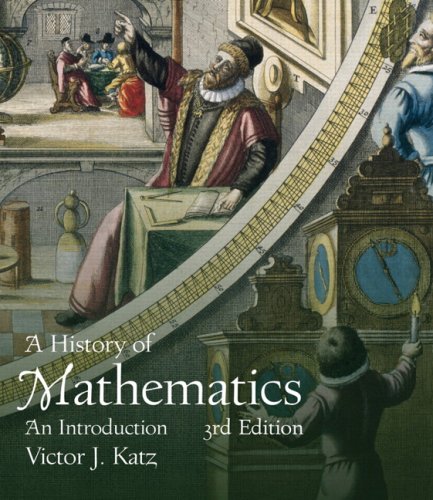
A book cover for A History of Mathematics (3rd Edition); Victor J. Katz; Science & Math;